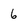
Character: 6